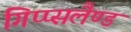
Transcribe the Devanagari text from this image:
गिप्प्सलैण्ड